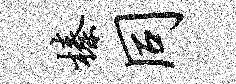
榛同